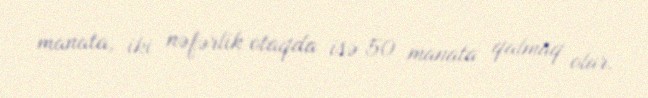
manata, iki nəfərlik otaqda isə 50 manata qalmaq olar.